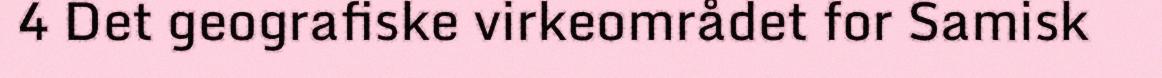
4 Det geografiske virkeområdet for Samisk